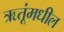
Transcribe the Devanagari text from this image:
ऋतूंमधील